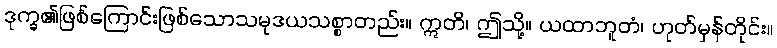
ဒုက္ခ၏ဖြစ်ကြောင်းဖြစ်သောသမုဒယသစ္စာတည်း။ ဣတိ၊ ဤသို့။ ယထာဘူတံ၊ ဟုတ်မှန်တိုင်း။